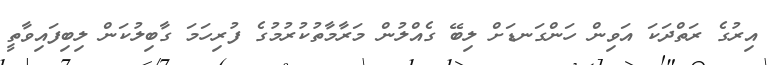
އިރުގެ ރަތްދަކަ އަވިން ހަންގަނޑަށް ލިބޭ ގެއްލުން މަރާމާތުކުރުމުގެ ފުރިހަމަ ގާބިލުކަން ލިބިފައިވާތީ